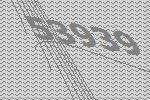
53939